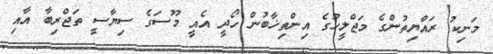
މަނިކު ރައްޔިތުންގެ މަޖްލީހުގެ އިންތިޚާބުން ހޯދީ އެއީ މޫސަގެ ސިޔާސީ ތަޖްރިބާ އާއި